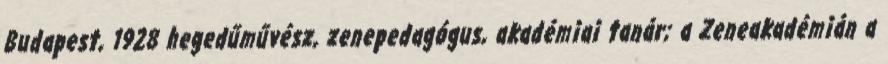
Budapest, 1928 hegedűművész, zenepedagógus, akadémiai tanár; a Zeneakadémián a